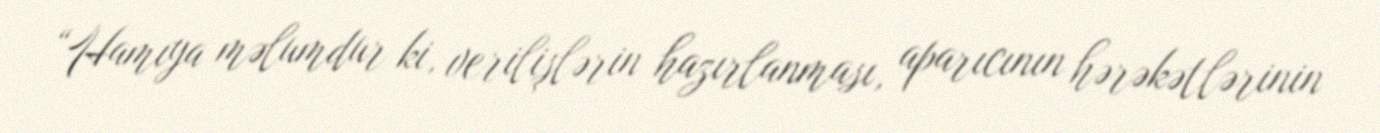
“Hamıya məlumdur ki, verilişlərin hazırlanması, aparıcının hərəkətlərinin